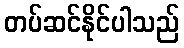
တပ်ဆင်နိုင်ပါသည်